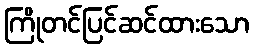
ကြိုတင်ပြင်ဆင်ထားသော